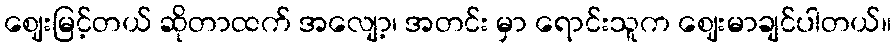
ဈေးမြင့်တယ် ဆိုတာထက် အလျော့၊ အတင်း မှာ ရောင်းသူက ဈေးမာချင်ပါတယ်။